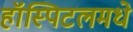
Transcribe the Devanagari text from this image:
हॉस्पिटलमधे